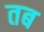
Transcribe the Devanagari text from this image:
तब